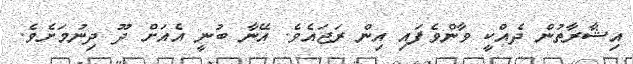
އިޝާރާތުން ދެއްކީ ވާންވެފައި އިން ރަޖައެވެ. އޭނާ ބުނީ އެއަށް ދޫ ދިނުމަށެވެ.